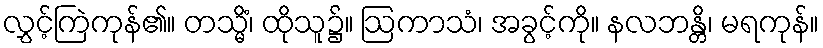
လွှင့်ကြဲကုန်၏။ တသ္မိံ၊ ထိုသူ၌။ ဩကာသံ၊ အခွင့်ကို။ နလဘန္တိ၊ မရကုန်။